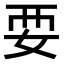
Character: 𫰗